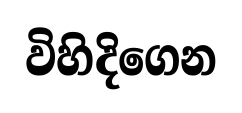
විහිදිගෙන